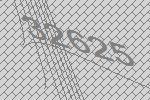
32625